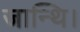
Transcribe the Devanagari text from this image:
जान्थि।